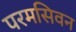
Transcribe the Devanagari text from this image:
परमसिवन